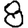
Digit: 8